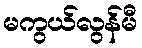
မကွယ်လွန်မီ